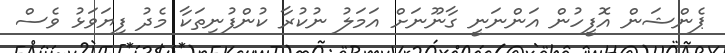
ޕެންޝަން އޮފީހުން އަންނަނީ ގާނޫނަށް އަމަލު ނުކުރާ ކުންފުނިތަކާ މެދު ފިޔަވަޅު ވެސް